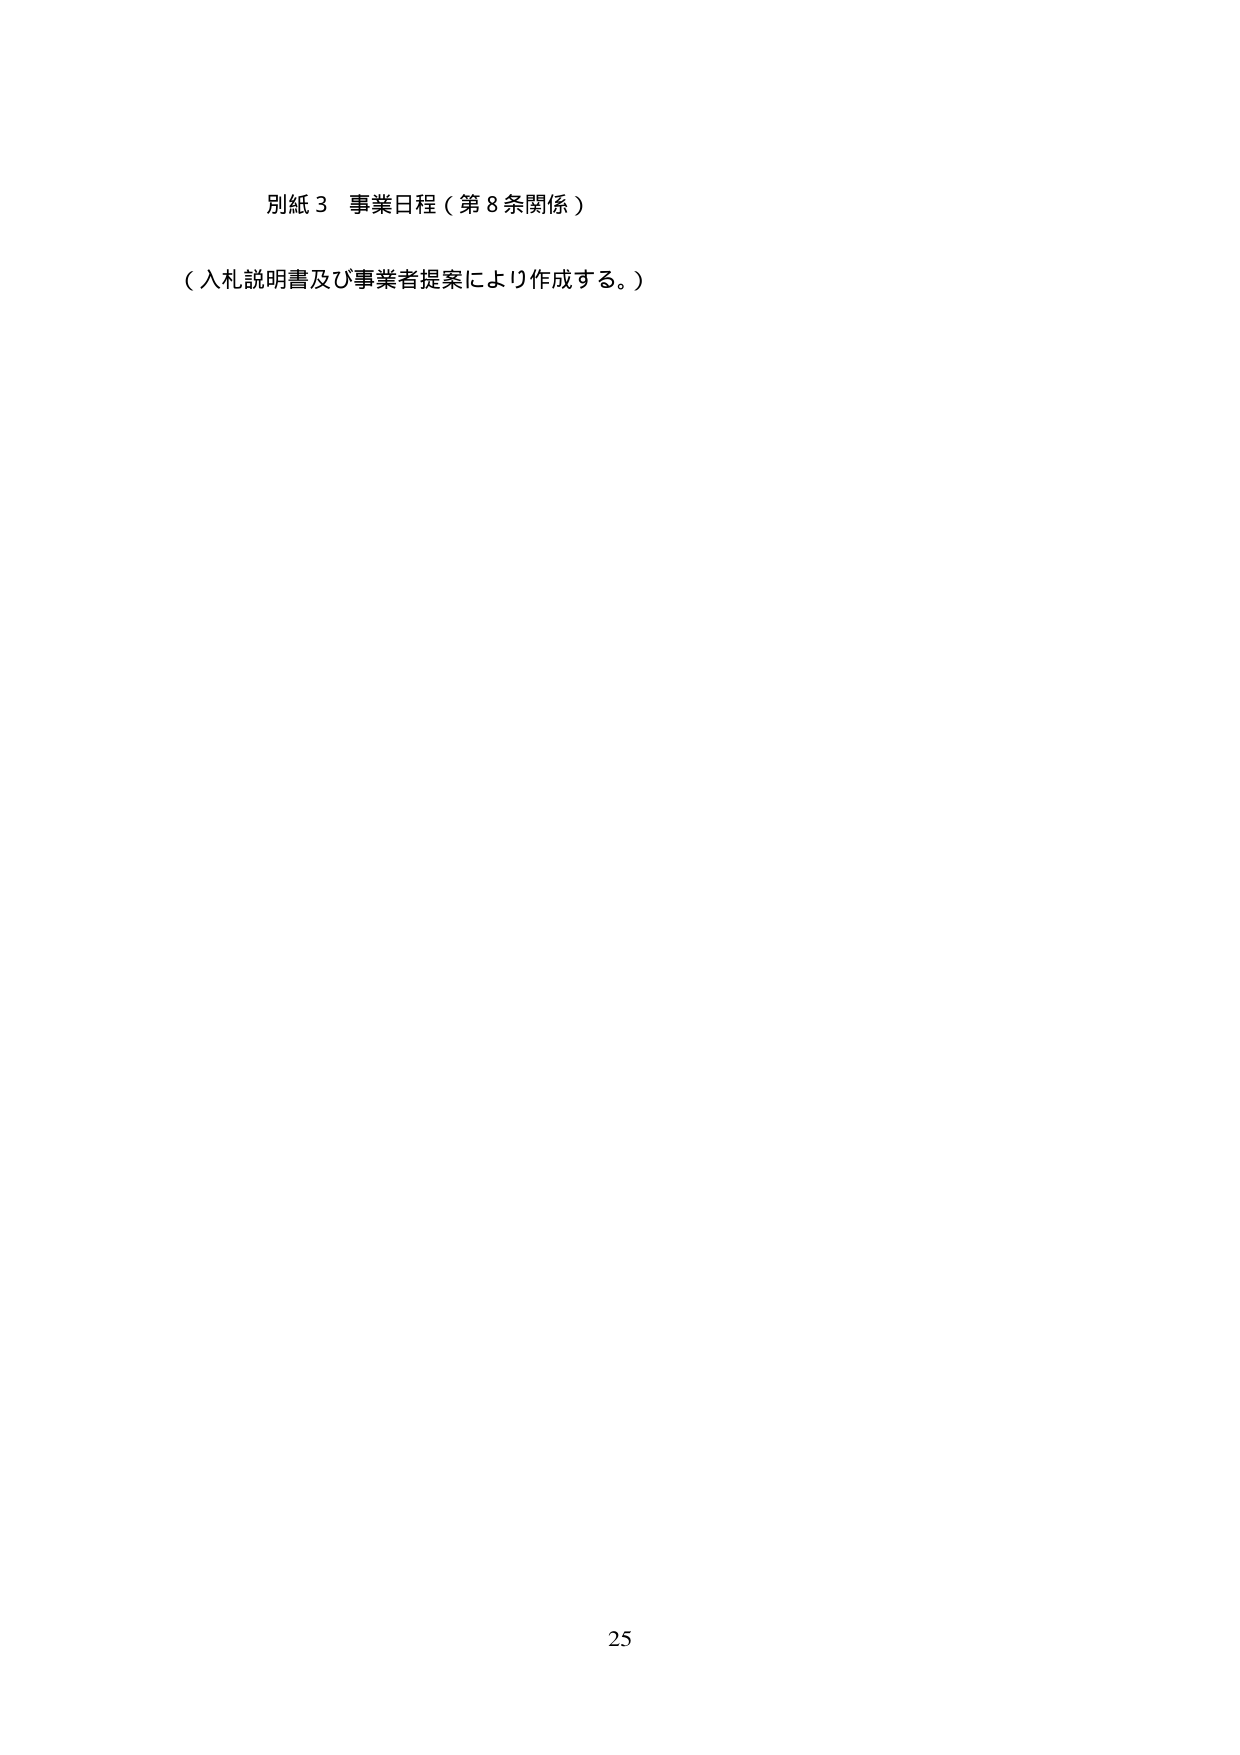
別紙３ 事業日程（第８条関係）

（入札説明書及び事業者提案により作成する。）

25